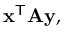
\mathbf { x } ^ { \mathsf { T } } \mathbf { A y } ,